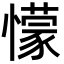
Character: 懞